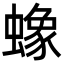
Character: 蟓